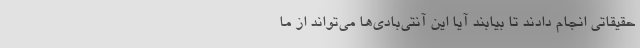
حقیقاتی انجام دادند تا بیابند آیا این آنتی‌بادی‌ها می‌تواند از ما